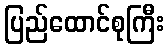
ပြည်ထောင်စုကြီး